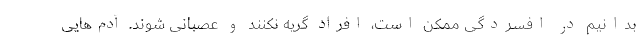
بدانیم در افسردگی ممکن است، افراد گریه نکنند و عصبانی شوند. آدم‌هایی